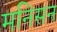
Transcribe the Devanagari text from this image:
मनिसन